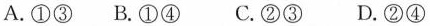
A.\textcircled {1}\textcircled {3} B.\textcircled {1}\textcircled {4} C.\textcircled {2}\textcircled {3} D.\textcircled {2}\textcircled {4}